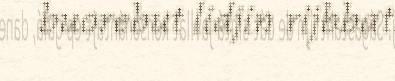
buorebut lidjin rijbbat.